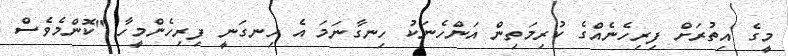
މީގެ އިތުރަށް ފިރިހެނެއްގެ ކުރިމަތިން އަންހެނަކު ހިނގާނަމަ އެ ހިނގަނީ ފިރިހެންމީހާ "ކޮންމެވެސް